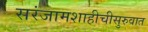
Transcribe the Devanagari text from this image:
सरंजामशाहीचीसुरुवात